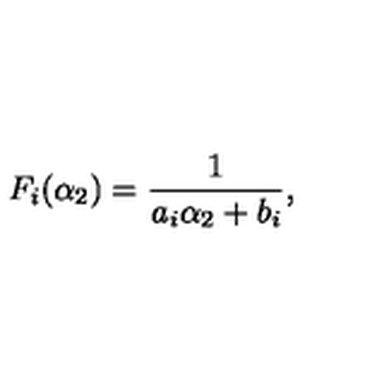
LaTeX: F _ { i } ( \alpha _ { 2 } ) = \frac { 1 } { a _ { i } \alpha _ { 2 } + b _ { i } } ,